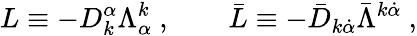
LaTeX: L\equiv-D_{k}^{\alpha}\Lambda_{\alpha}^{k}\ ,\qquad\bar{L}\equiv-{\bar{D}}_{k\dot{\alpha}}\bar{\Lambda}^{k\dot{\alpha}}\ ,